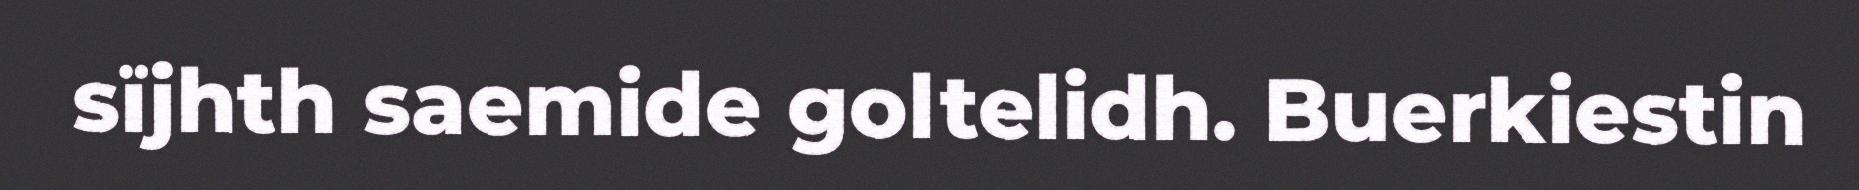
sïjhth saemide goltelidh. Buerkiestin